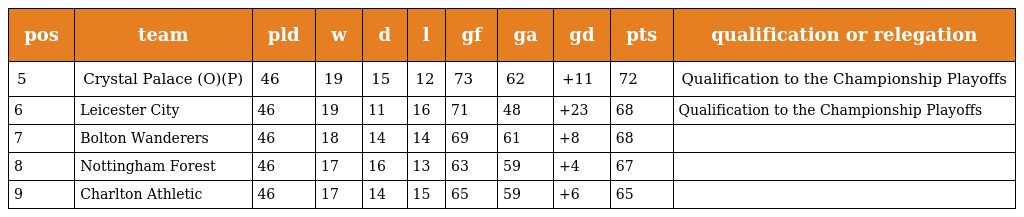
| pos | team | pld | w | d | l | gf | ga | gd | pts | qualification or relegation |
 | --- | --- | --- | --- | --- | --- | --- | --- | --- | --- | --- |
 | 5 | Crystal Palace (O)(P) | 46 | 19 | 15 | 12 | 73 | 62 | +11 | 72 | Qualification to the Championship Playoffs |
 | 6 | Leicester City | 46 | 19 | 11 | 16 | 71 | 48 | +23 | 68 | Qualification to the Championship Playoffs |
 | 7 | Bolton Wanderers | 46 | 18 | 14 | 14 | 69 | 61 | +8 | 68 |  |
 | 8 | Nottingham Forest | 46 | 17 | 16 | 13 | 63 | 59 | +4 | 67 |  |
 | 9 | Charlton Athletic | 46 | 17 | 14 | 15 | 65 | 59 | +6 | 65 |  |